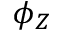
\phi _ { Z }